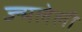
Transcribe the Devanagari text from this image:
ज्न्मलेली